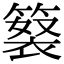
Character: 𥲘